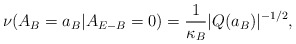
\begin{align*}\nu(A_{B}=a_{B}|A_{E-B}=0)=\frac{1}{\kappa_{B}}|Q(a_{B})|^{-1/2},\end{align*}